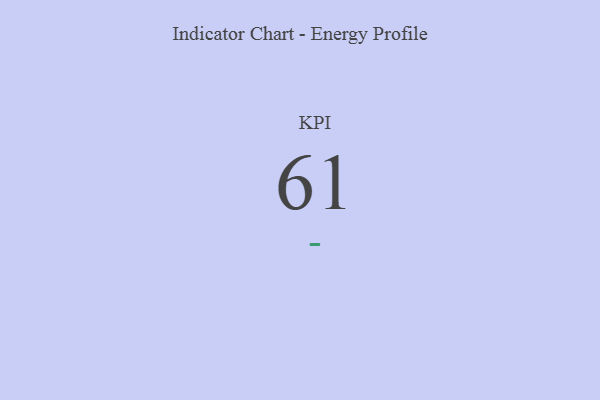
{"axis": {"x": "KPI", "y": "Value"}, "legend": [""], "data": [{"x": "KPI", "y": 61, "type": ""}]}